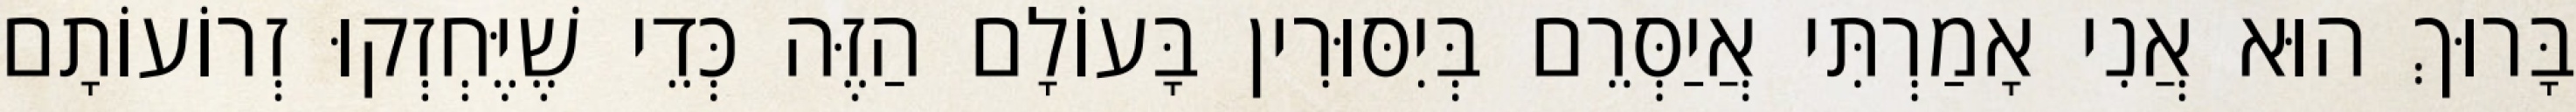
בָּרוּךְ הוּא אֲנִי אָמַרְתִּי אֲיַסְּרֵם בְּיִסּוּרִין בָּעוֹלָם הַזֶּה כְּדֵי שֶׁיֶּחְזְקוּ זְרוֹעוֹתָם